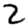
Digit: 2